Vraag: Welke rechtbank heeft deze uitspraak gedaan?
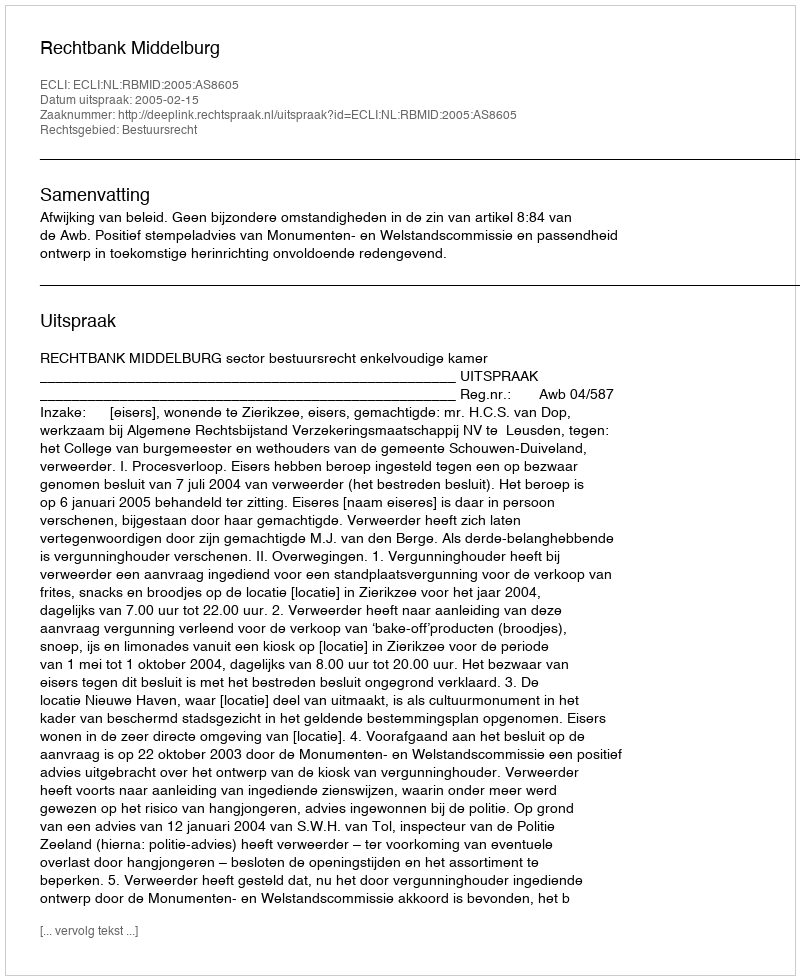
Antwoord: Rechtbank Middelburg